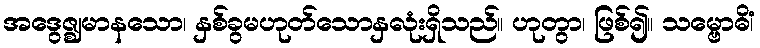
အဒွေဇ္ဈမာနသော၊ နှစ်ခွမဟုတ်သောနှလုံးရှိသည်။ ဟုတွာ၊ ဖြစ်၍။ သမ္ဗောဓိံ၊